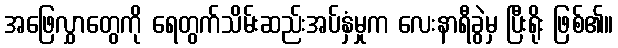
အဖြေလွှာတွေကို ရေတွက်သိမ်းဆည်းအပ်နှံမှုက လေးနာရီခွဲမှ ပြီးရိုး ဖြစ်၏။